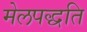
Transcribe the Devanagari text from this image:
मेलपद्धति